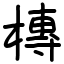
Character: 槫